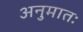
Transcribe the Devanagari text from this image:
अनुमातः